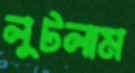
লুটলাম